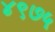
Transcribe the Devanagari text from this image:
४९७५